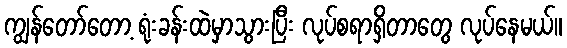
ကျွန်တော်တော့ ရုံးခန်းထဲမှာသွားပြီး လုပ်စရာရှိတာတွေ လုပ်နေမယ်။